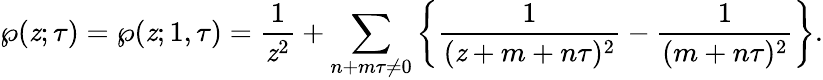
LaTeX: \wp(\mathit{z};\tau)=\wp(\mathit{z};1,\tau)={\frac{{1}}{{\mathit{z}^{2}}}}+\sum_{n+m\tau\neq0}\left\{ {\frac{{1}}{{(\mathit{z}+m+n\tau)^{2}}}}-{\frac{{1}}{{(m+n\tau)^{2}}}}\right\} .